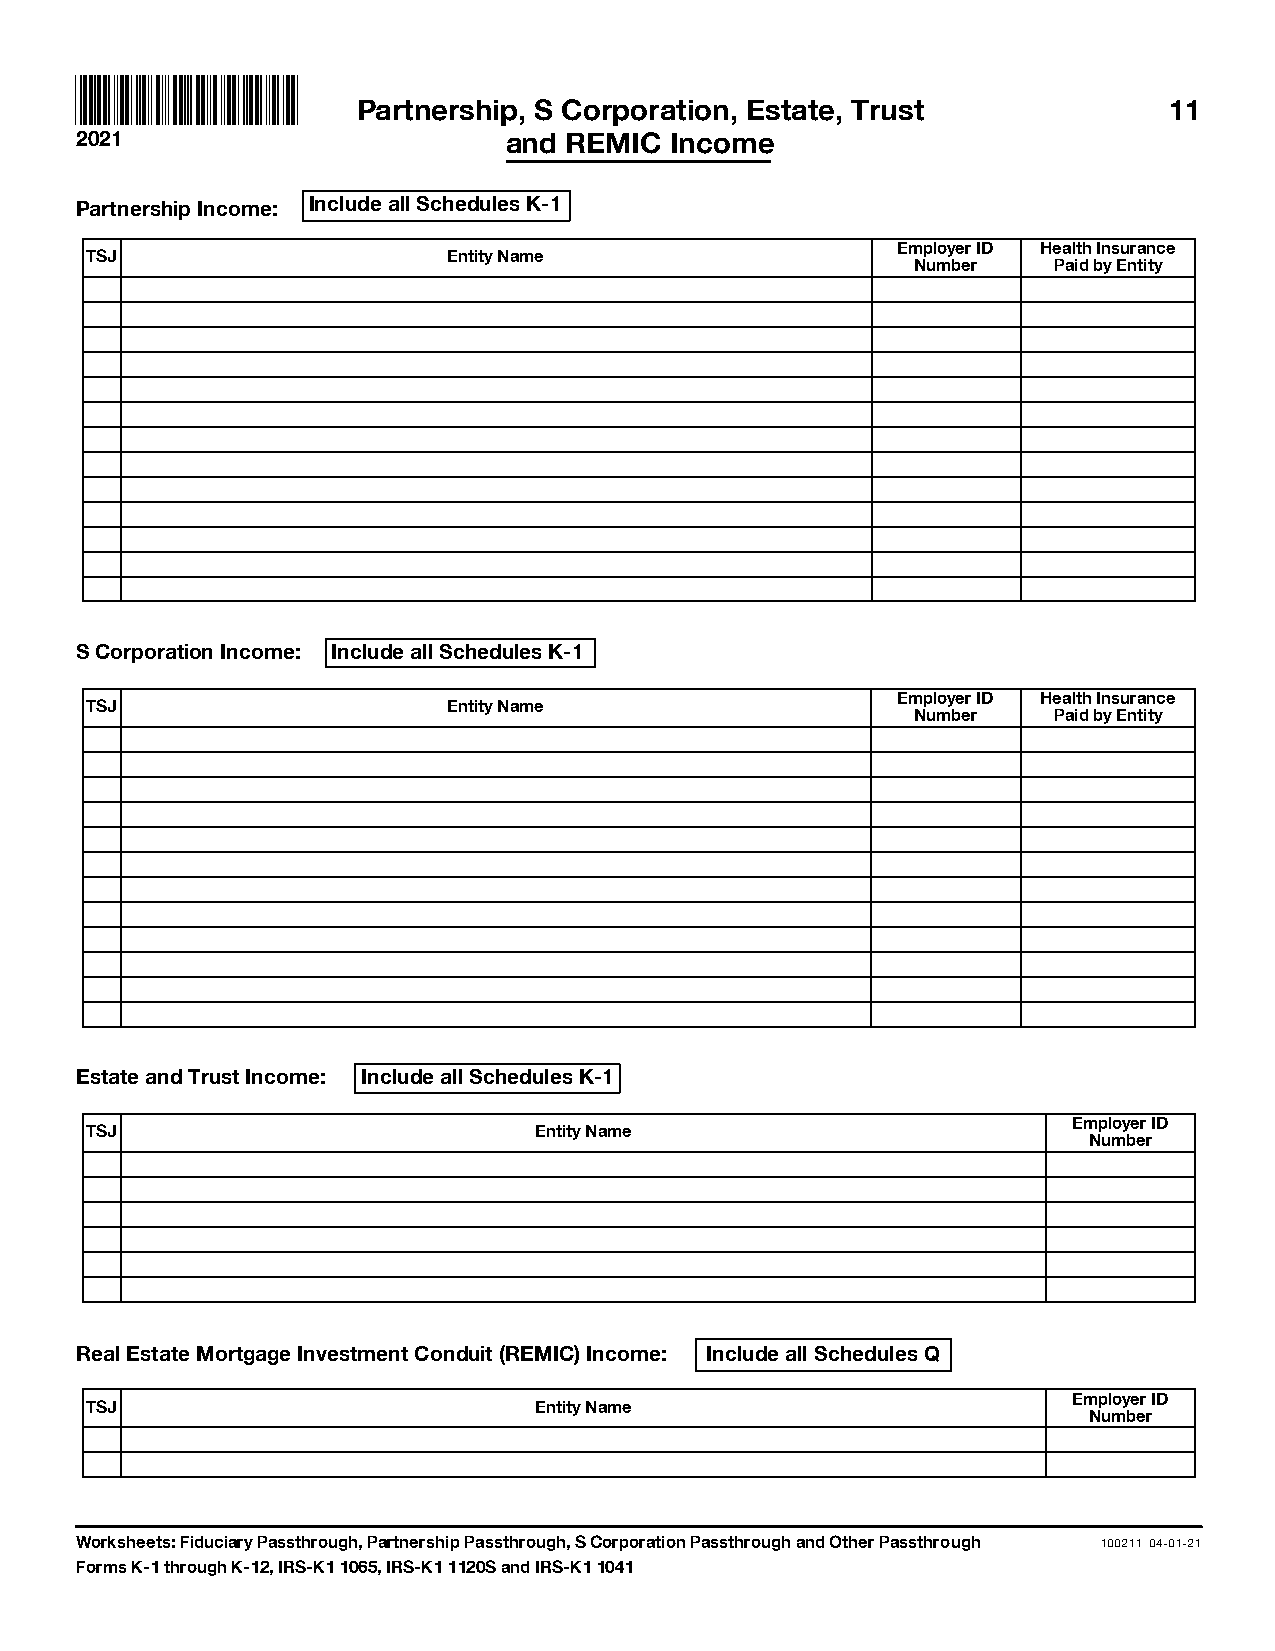
Partnership, S Corporation, Estate, Trust            11
 2021                        and REMIC  Income
 Partnership Income: Include all Schedules K-1
 Employer ID Health Insurance
 TSJ                     Entity Name
 Number    Paid by Entity
 S Corporation Income: Include all Schedules K-1
 Employer ID Health Insurance
 TSJ                     Entity Name
 Number    Paid by Entity
 Estate and Trust Income: Include all Schedules K-1
 Employer ID
 TSJ                          Entity Name
 Number
 Real Estate Mortgage Investment Conduit (REMIC) Income: Include all Schedules Q
 Employer ID
 TSJ                          Entity Name
 Number
 Worksheets: Fiduciary Passthrough, Partnership Passthrough, S Corporation Passthrough and Other Passthrough 100211 04-01-21
 Forms K-1 through K-12, IRS-K1 1065, IRS-K1 1120S and IRS-K1 1041